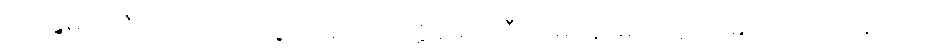
မိလိန္ဒမင်းကြီးလက်ထက်တွင်လည်း တိတ္ထိဆရာကြီးတို့မှာ နာမည်တူပင် မှည့်ထား ကြကြောင်း၊